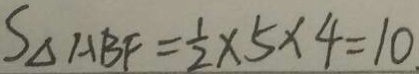
S _ { \Delta A B F } = \frac { 1 } { 2 } \times 5 \times 4 = 1 0